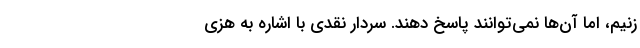
‌زنیم، اما آن‌ها نمی‌توانند پاسخ دهند. سردار نقدی با اشاره به هزی